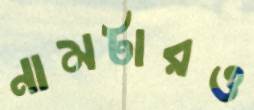
নামটারও